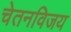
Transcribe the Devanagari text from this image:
चेतनविजय